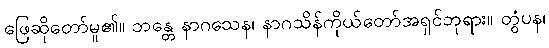
ဖြေဆိုတော်မူ၏။ ဘန္တေ နာဂသေန၊ နာဂသိန်ကိုယ်တော်အရှင်ဘုရား။ တွံပန၊